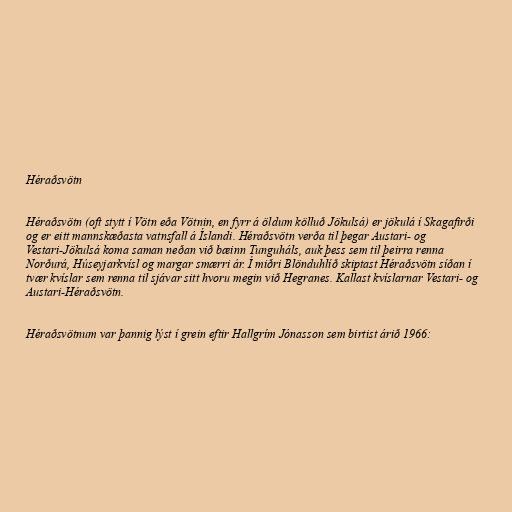
Héraðsvötn

Héraðsvötn (oft stytt í Vötn eða Vötnin, en fyrr á öldum kölluð Jökulsá) er jökulá í Skagafirði
og er eitt mannskæðasta vatnsfall á Íslandi. Héraðsvötn verða til þegar Austari- og
Vestari-Jökulsá koma saman neðan við bæinn Tunguháls, auk þess sem til þeirra renna
Norðurá, Húseyjarkvísl og margar smærri ár. Í miðri Blönduhlíð skiptast Héraðsvötn síðan í
tvær kvíslar sem renna til sjávar sitt hvoru megin við Hegranes. Kallast kvíslarnar Vestari- og
Austari-Héraðsvötn.

Héraðsvötnum var þannig lýst í grein eftir Hallgrím Jónasson sem birtist árið 1966: